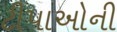
ટીપાઓની